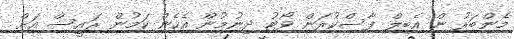
މެންބަރު ން އެބިލް ފާސްކުރަން ވޯޓު ދިނުމުން އެހެން ކަމުން ރައީސް އަށް